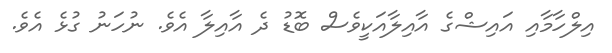
އިލްހާމާއި އައިޝްގެ އާއިލާއަކީވެސް ބޮޑު ދެ އާއިލާ އެވެ. ނުހަނު ގުޅެ އެވެ.